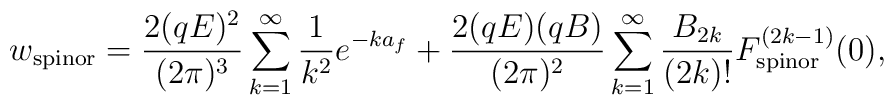
w_{\rm spinor} = \frac{2(qE)^2}{(2 \pi)^3} \sum_{k = 1}^{\infty}\frac{1}{k^2} e^{- k a_f} + \frac{2(qE)(qB)}{(2 \pi)^2} \sum_{k = 1}^{\infty} \frac{B_{2k}}{(2k)!} F_{\rm spinor}^{(2k-1)} (0),